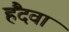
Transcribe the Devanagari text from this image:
हैंदवा